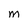
Character: m